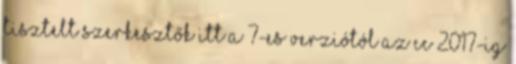
Tisztelt Szerkesztők Itt a 7-es verziótól az CC 2017-ig